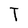
Character: T